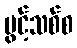
ပွင့်သစ်စ